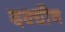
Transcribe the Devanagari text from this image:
दक्धीन